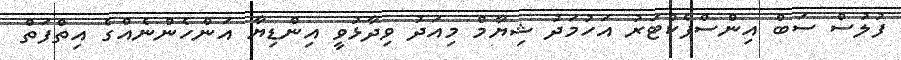
ފުލުސް ސަބް އިންސްޕެކްޓަރު އަހުމަދު ޝިޔާމް މިއަދު ވިދާޅުވީ އިންޑިޔާ އަންހެންނެއްގެ އިތްފަތް